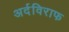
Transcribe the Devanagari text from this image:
अर्दविराफ